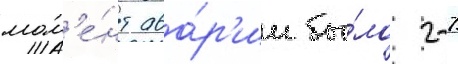
мом'е́нт ава́р'ии бы́ло 2-7